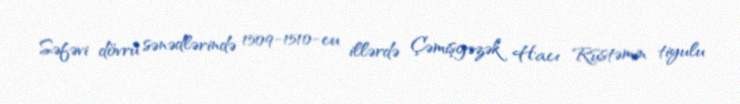
Səfəvi dövrü sənədlərində 1509-1510-cu illərdə Çəmişgəzək Hacı Rüstəmin tiyulu